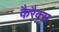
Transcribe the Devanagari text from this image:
कैरैक्स